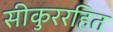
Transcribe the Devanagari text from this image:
सीकुररहित